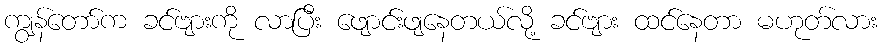
ကျွန်တော်က ခင်ဗျားကို လာပြီး ဖျောင်းဖျနေတယ်လို့ ခင်ဗျား ထင်နေတာ မဟုတ်လား